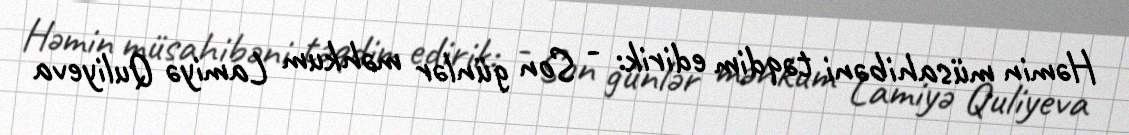
Həmin müsahibəni təqdim edirik: - Son günlər məhkum Lamiyə Quliyeva